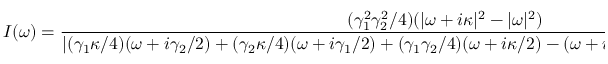
I ( \omega ) = \frac { ( \gamma _ { 1 } ^ { 2 } \gamma _ { 2 } ^ { 2 } / 4 ) ( | \omega + i \kappa | ^ { 2 } - | \omega | ^ { 2 } ) } { | ( \gamma _ { 1 } \kappa / 4 ) ( \omega + i \gamma _ { 2 } / 2 ) + ( \gamma _ { 2 } \kappa / 4 ) ( \omega + i \gamma _ { 1 } / 2 ) + ( \gamma _ { 1 } \gamma _ { 2 } / 4 ) ( \omega + i \kappa / 2 ) - ( \omega + i \gamma _ { 1 } / 2 ) ( \omega + i \gamma _ { 2 } / 2 ) ( \omega + i \kappa / 2 ) | ^ { 2 } } .